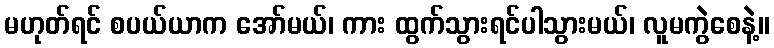
မဟုတ်ရင် စပယ်ယာက အော်မယ်၊ ကား ထွက်သွားရင်ပါသွားမယ်၊ လူမကွဲစေနဲ့။